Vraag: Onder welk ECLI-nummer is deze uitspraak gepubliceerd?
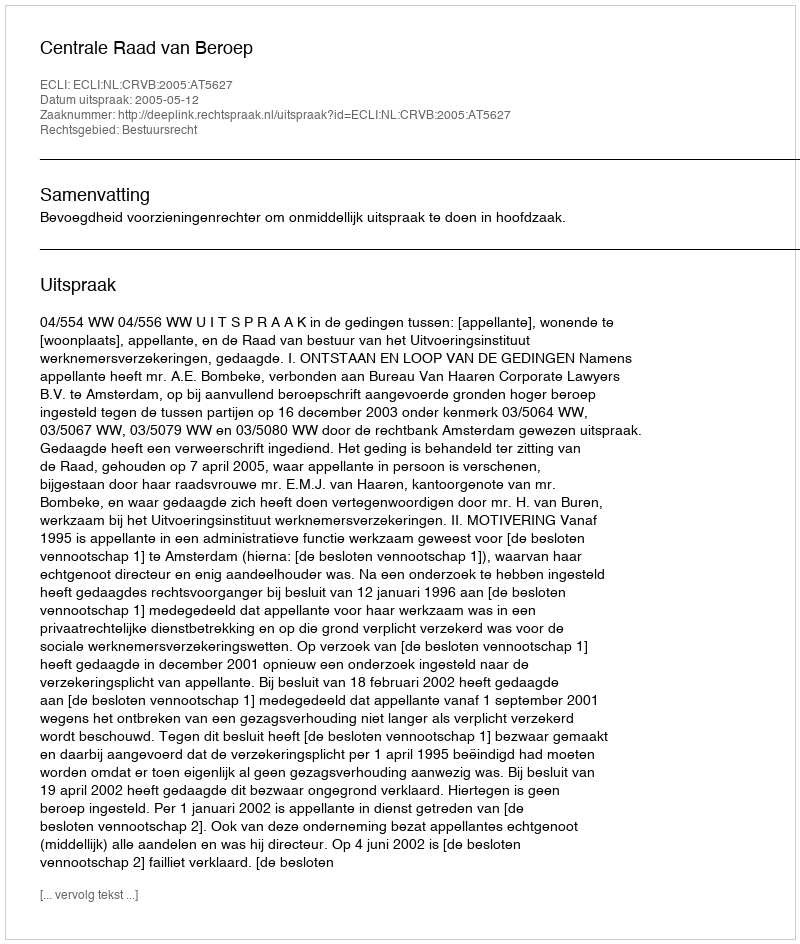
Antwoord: ECLI:NL:CRVB:2005:AT5627